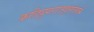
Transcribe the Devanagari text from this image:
कलियुगराजवृत्तांतवले